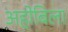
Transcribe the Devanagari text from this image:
अहोबिला